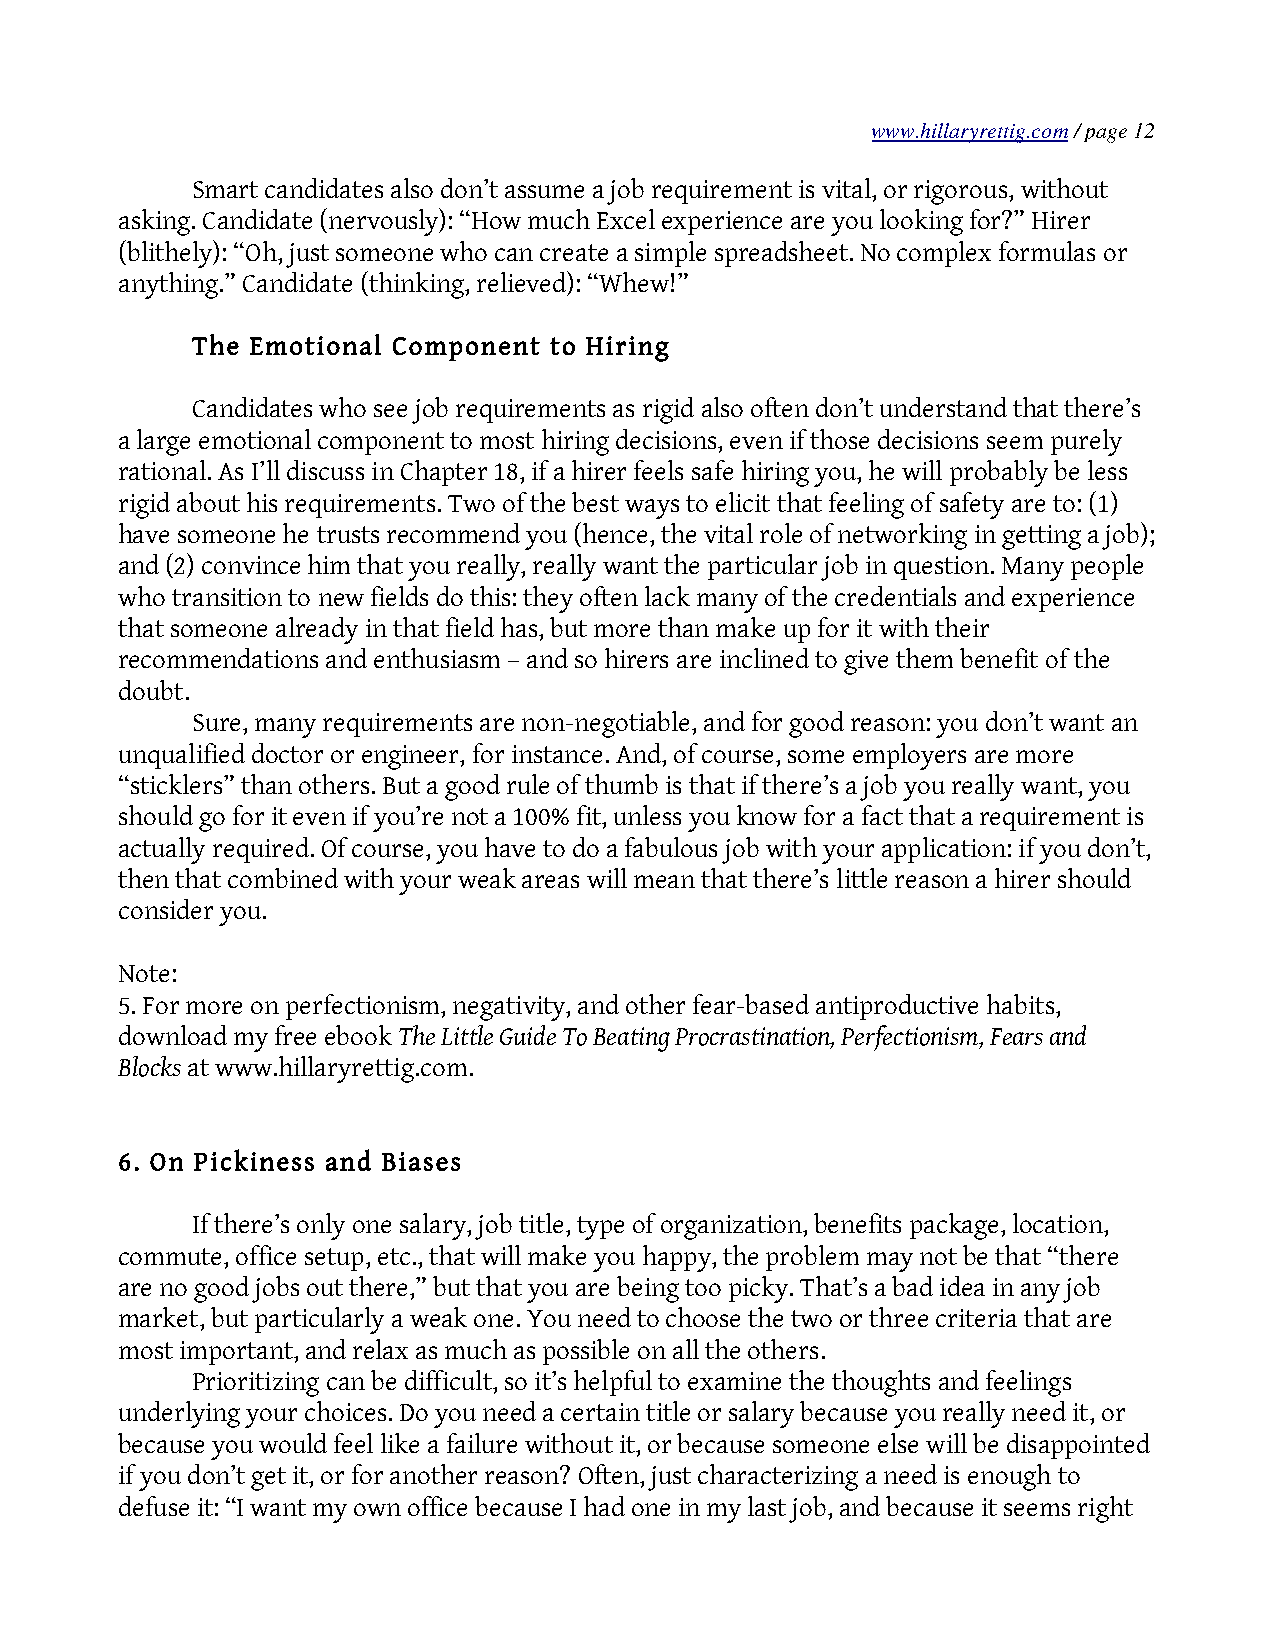
www.hillaryrettig.com / page 12
 Smart candidates also don’t assume a job requirement is vital, or rigorous, without
 asking. Candidate (nervously): “How much Excel experience are you looking for?” Hirer
 (blithely): “Oh, just someone who can create a simple spreadsheet. No complex formulas or
 anything.” Candidate (thinking, relieved): “Whew!”
 The Emotional Component to Hiring
 Candidates who see job requirements as rigid also often don’t understand that there’s
 a large emotional component to most hiring decisions, even if those decisions seem purely
 rational. As I’ll discuss in Chapter 18, if a hirer feels safe hiring you, he will probably be less
 rigid about his requirements. Two of the best ways to elicit that feeling of safety are to: (1)
 have someone he trusts recommend you (hence, the vital role of networking in getting a job);
 and (2) convince him that you really, really want the particular job in question. Many people
 who transition to new fields do this: they often lack many of the credentials and experience
 that someone already in that field has, but more than make up for it with their
 recommendations and enthusiasm – and so hirers are inclined to give them benefit of the
 doubt.
 Sure, many requirements are non-negotiable, and for good reason: you don’t want an
 unqualified doctor or engineer, for instance. And, of course, some employers are more
 “sticklers” than others. But a good rule of thumb is that if there’s a job you really want, you
 should go for it even if you’re not a 100% fit, unless you know for a fact that a requirement is
 actually required. Of course, you have to do a fabulous job with your application: if you don’t,
 then that combined with your weak areas will mean that there’s little reason a hirer should
 consider you.
 Note:
 5. For more on perfectionism, negativity, and other fear-based antiproductive habits,
 download my free ebook The Little Guide To Beating Procrastination, Perfectionism, Fears and
 Blocks at www.hillaryrettig.com.
 6. On Pickiness and Biases
 If there’s only one salary, job title, type of organization, benefits package, location,
 commute, office setup, etc., that will make you happy, the problem may not be that “there
 are no good jobs out there,” but that you are being too picky. That’s a bad idea in any job
 market, but particularly a weak one. You need to choose the two or three criteria that are
 most important, and relax as much as possible on all the others.
 Prioritizing can be difficult, so it’s helpful to examine the thoughts and feelings
 underlying your choices. Do you need a certain title or salary because you really need it, or
 because you would feel like a failure without it, or because someone else will be disappointed
 if you don’t get it, or for another reason? Often, just characterizing a need is enough to
 defuse it: “I want my own office because I had one in my last job, and because it seems right